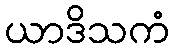
ယာဒိသကံ